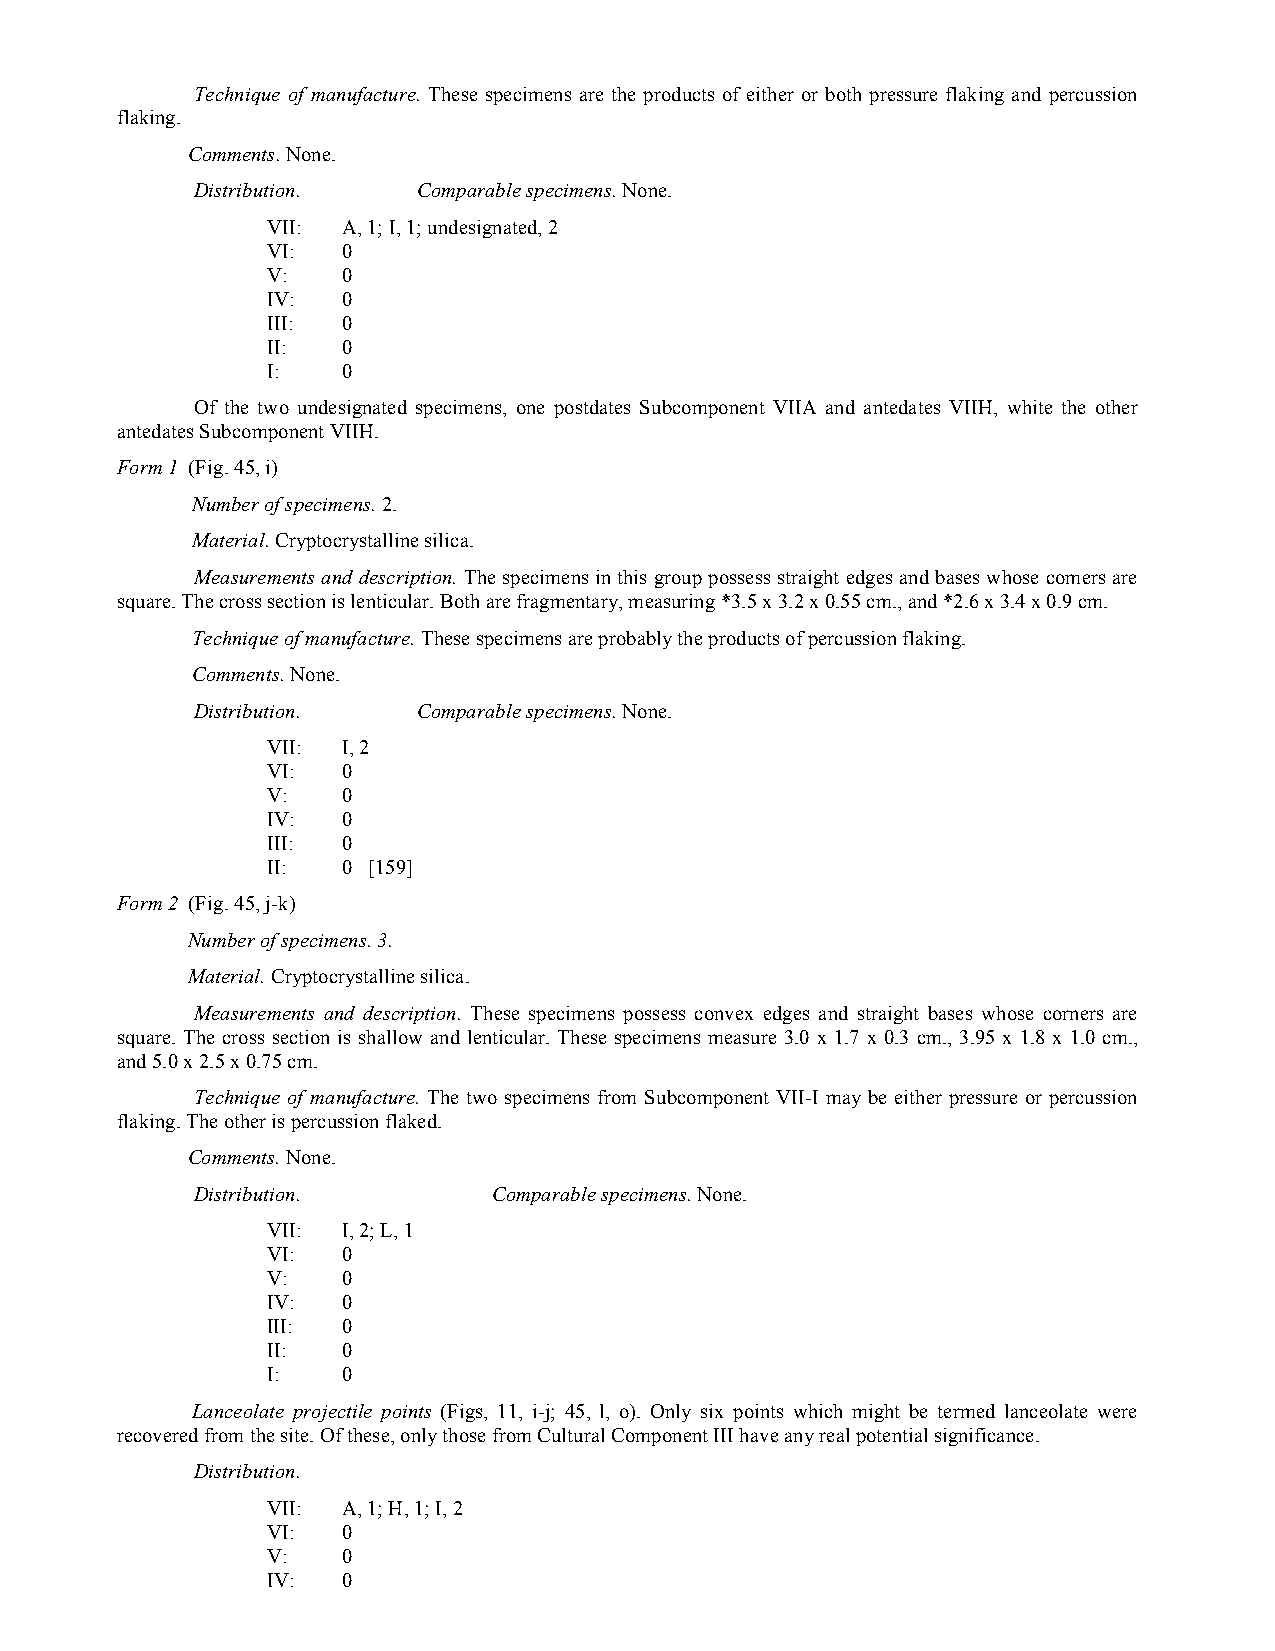
Technique of manufacture. These specimens are the products of either or both pressure flaking and percussion
 flaking.
 Comments. None.
 Distribution.  Comparable specimens. None.
 VII: A, 1; I, 1; undesignated, 2
 VI:  0
 V:   0
 IV:  0
 III: 0
 II:  0
 I:   0
 Of the two undesignated specimens, one postdates Subcomponent VIIA and antedates VIIH, white the other
 antedates Subcomponent VIIH.
 Form 1 (Fig. 45, i)
 Number of specimens. 2.
 Material. Cryptocrystalline silica.
 Measurements and description. The specimens in this group possess straight edges and bases whose comers are
 square. The cross section is lenticular. Both are fragmentary, measuring *3.5 x 3.2 x 0.55 cm., and *2.6 x 3.4 x 0.9 cm.
 Technique of manufacture. These specimens are probably the products of percussion flaking.
 Comments. None.
 Distribution.  Comparable specimens. None.
 VII: I, 2
 VI:  0
 V:   0
 IV:  0
 III: 0
 II:  0 [159]
 Form 2 (Fig. 45, j-k)
 Number of specimens. 3.
 Material. Cryptocrystalline silica.
 Measurements and description. These specimens possess convex edges and straight bases whose corners are
 square. The cross section is shallow and lenticular. These specimens measure 3.0 x 1.7 x 0.3 cm., 3.95 x 1.8 x 1.0 cm.,
 and 5.0 x 2.5 x 0.75 cm.
 Technique of manufacture. The two specimens from Subcomponent VII-I may be either pressure or percussion
 flaking. The other is percussion flaked.
 Comments. None.
 Distribution.       Comparable specimens. None.
 VII: I, 2; L, 1
 VI:  0
 V:   0
 IV:  0
 III: 0
 II:  0
 I:   0
 Lanceolate projectile points (Figs, 11, i-j; 45, l, o). Only six points which might be termed lanceolate were
 recovered from the site. Of these, only those from Cultural Component III have any real potential significance.
 Distribution.
 VII: A, 1; H, 1; I, 2
 VI:  0
 V:   0
 IV:  0